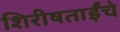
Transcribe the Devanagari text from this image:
शिरीषताईंचे